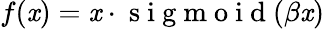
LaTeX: f(\mathit{x})=\mathit{x}\cdot\mathrm{{~s~i~g~m~o~i~d~}}(\beta\mathit{x})